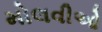
મોલવીઓ